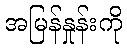
အမြန်နှုန်းကို